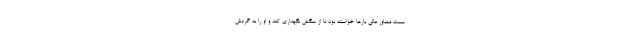
سمت مشاور عالی بارها خواسته بود تا از سگش نگهداری کند و او را به گردش